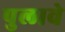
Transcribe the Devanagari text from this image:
पुलावे